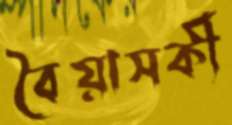
বৈয়াসকী